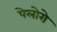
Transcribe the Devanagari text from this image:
पेलोरो